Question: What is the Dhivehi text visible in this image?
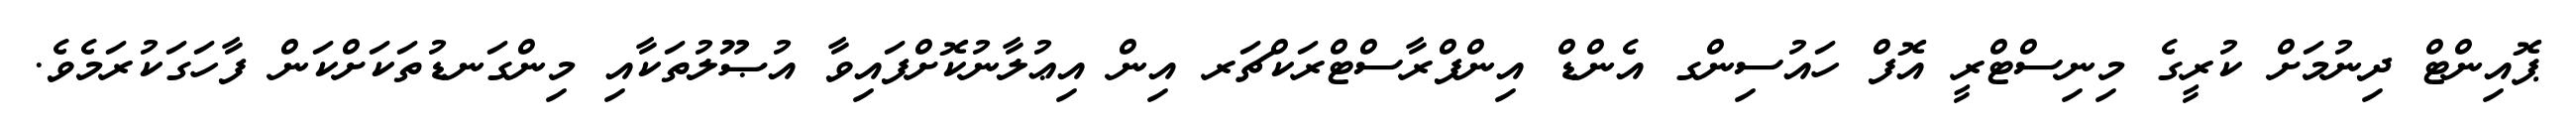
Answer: ޕޮއިންޓް ދިނުމަށް ކުރީގެ މިނިސްޓްރީ އޮފް ހައުސިންގ އެންޑް އިންފްރާސްޓްރަކްޗަރ އިން އިޢުލާނުކޮށްފައިވާ އުޞޫލުތަކާއި މިންގަނޑުތަކަށްކަން ފާހަގަކުރަމެވެ.